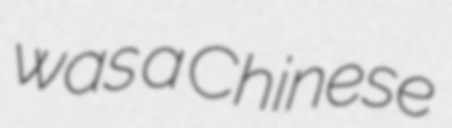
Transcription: was a Chinese